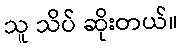
သူ သိပ် ဆိုးတယ်။